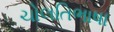
ચોલતિભાષા